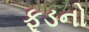
ફૂડનો